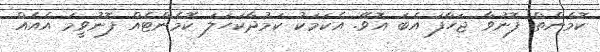
ކޮމެންތް ފޮނުވާ ޖަހާފަ އެބަ އޮވޭ. އެކަމަކު ކަމުދާކަހަލަ ކޮމެންޓެއް ފޮނުވީމަ އެއެއް